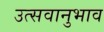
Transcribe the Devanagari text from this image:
उत्सवानुभाव